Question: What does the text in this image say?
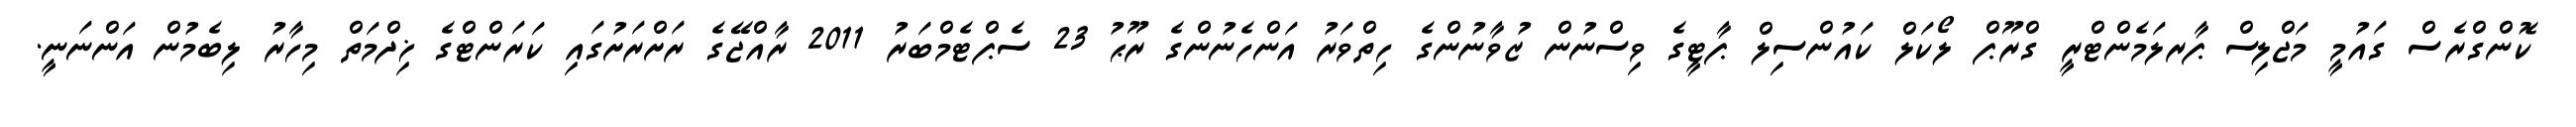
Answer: ކޮންގްރެސް ގައުމީ މަޖްލިސް ޕާރލަމެންޓްރީ ގްރޫޕް ލޯކަލް ކައުންސިލް ޕާޓީގެ ވިސްނުން ޒުވާނުންގެ ހިތްވަރު އަންހެނުންގެ ރޫޙު 23 ސެޕްޓެމްބަރު 2011 ރާއްޖޭގެ ރަށްރަށުގައި ކަރަންޓްގެ ޚިދްމަތް މިހާރު ލިބެމުން އަންނަނީ.